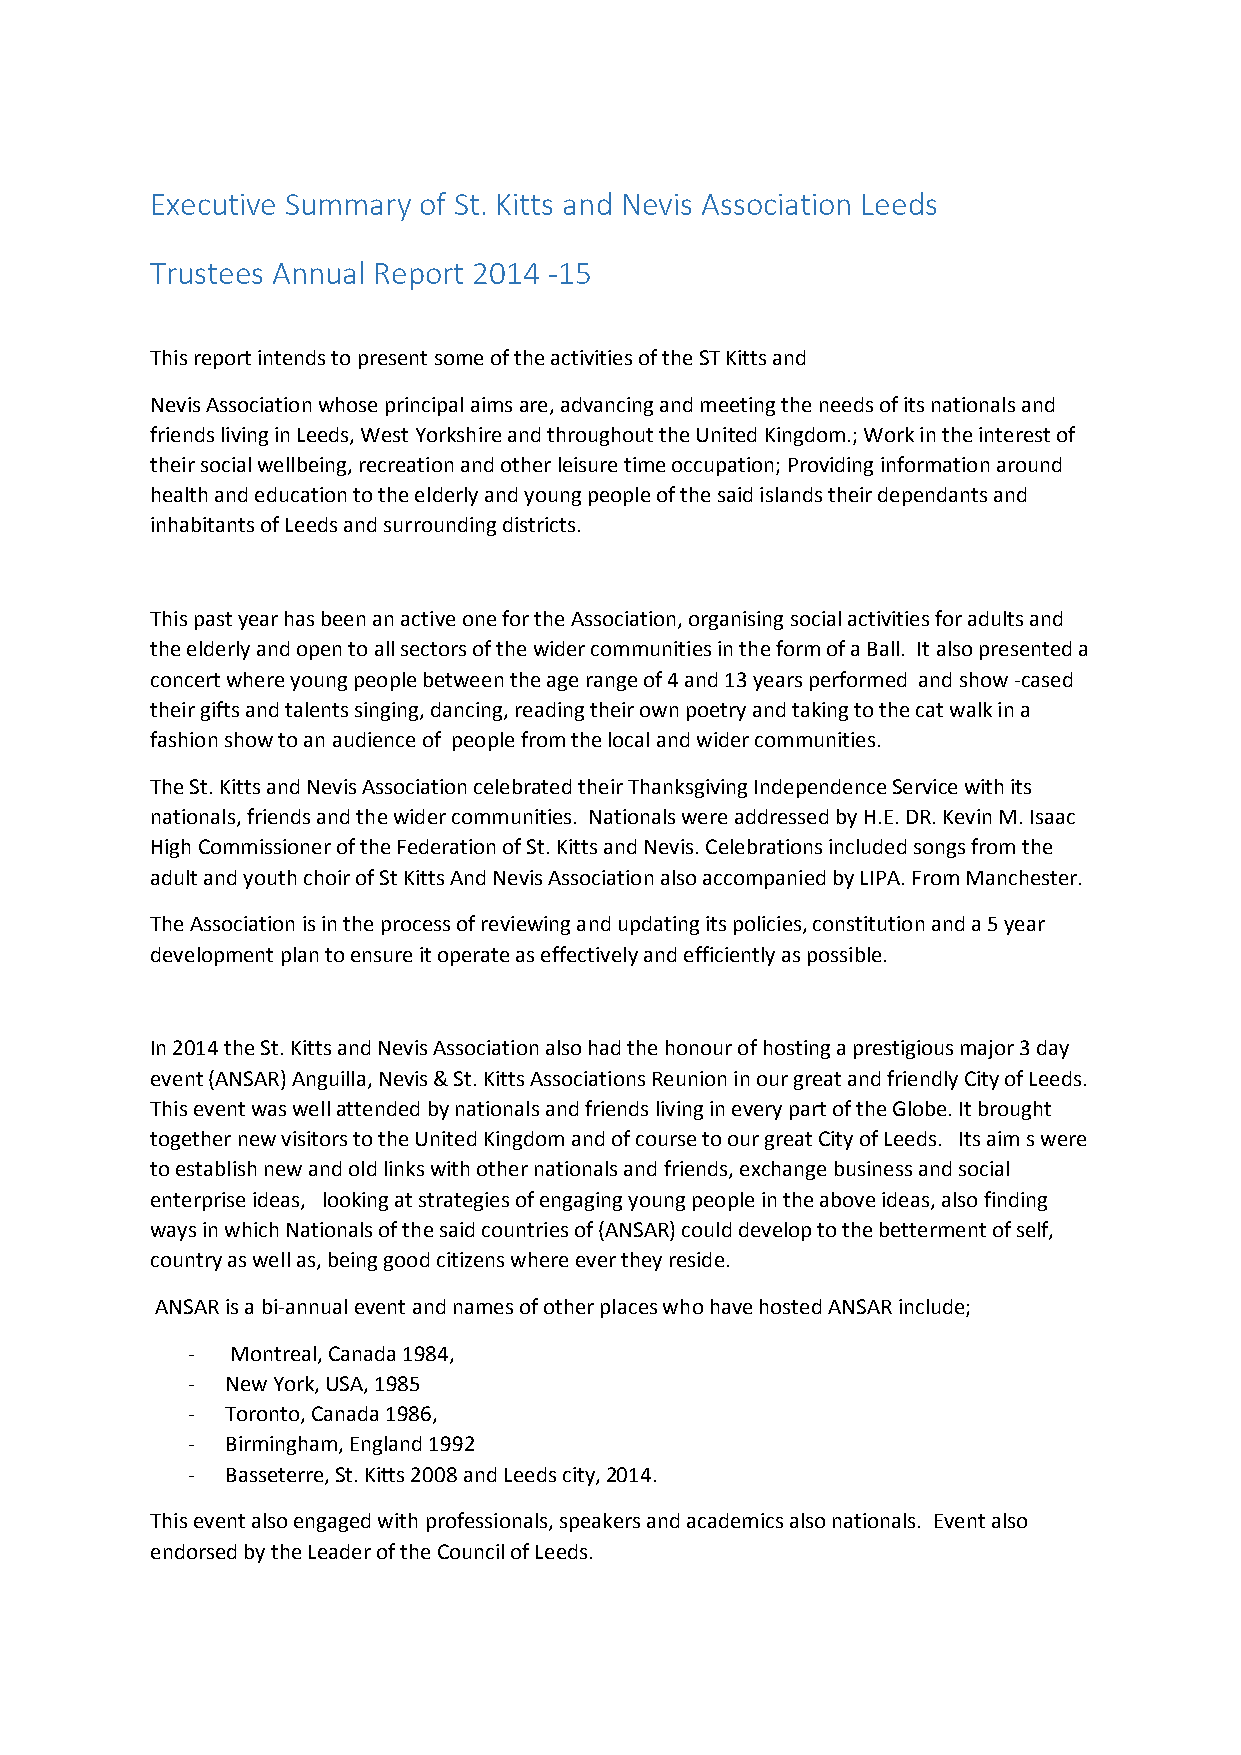
Executive Summary of St. Kitts and Nevis Association Leeds
 Trustees Annual Report 2014 -15
 This report intends to present some of the activities of the ST Kitts and
 Nevis Association whose principal aims are, advancing and meeting the needs of its nationals and
 friends living in Leeds, West Yorkshire and throughout the United Kingdom.; Work in the interest of
 their social wellbeing, recreation and other leisure time occupation; Providing information around
 health and education to the elderly and young people of the said islands their dependants and
 inhabitants of Leeds and surrounding districts.
 This past year has been an active one for the Association, organising social activities for adults and
 the elderly and open to all sectors of the wider communities in the form of a Ball. It also presented a
 concert where young people between the age range of 4 and 13 years performed and show -cased
 their gifts and talents singing, dancing, reading their own poetry and taking to the cat walk in a
 fashion show to an audience of people from the local and wider communities.
 The St. Kitts and Nevis Association celebrated their Thanksgiving Independence Service with its
 nationals, friends and the wider communities. Nationals were addressed by H.E. DR. Kevin M. Isaac
 High Commissioner of the Federation of St. Kitts and Nevis. Celebrations included songs from the
 adult and youth choir of St Kitts And Nevis Association also accompanied by LIPA. From Manchester.
 The Association is in the process of reviewing and updating its policies, constitution and a 5 year
 development plan to ensure it operate as effectively and efficiently as possible.
 In 2014 the St. Kitts and Nevis Association also had the honour of hosting a prestigious major 3 day
 event (ANSAR) Anguilla, Nevis & St. Kitts Associations Reunion in our great and friendly City of Leeds.
 This event was well attended by nationals and friends living in every part of the Globe. It brought
 together new visitors to the United Kingdom and of course to our great City of Leeds. Its aim s were
 to establish new and old links with other nationals and friends, exchange business and social
 enterprise ideas, looking at strategies of engaging young people in the above ideas, also finding
 ways in which Nationals of the said countries of (ANSAR) could develop to the betterment of self,
 country as well as, being good citizens where ever they reside.
 ANSAR is a bi-annual event and names of other places who have hosted ANSAR include;
 -  Montreal, Canada 1984,
 -  New York, USA, 1985
 -  Toronto, Canada 1986,
 -  Birmingham, England 1992
 -  Basseterre, St. Kitts 2008 and Leeds city, 2014.
 This event also engaged with professionals, speakers and academics also nationals. Event also
 endorsed by the Leader of the Council of Leeds.